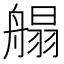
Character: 䑽